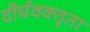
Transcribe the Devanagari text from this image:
दीर्घवक्तृता